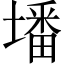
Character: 墦